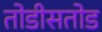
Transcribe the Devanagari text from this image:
तोडीसतोड